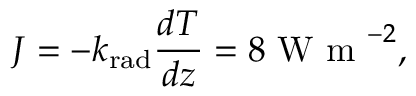
J = - k _ { \mathrm { r a d } } \frac { d T } { d z } = 8 \mathrm { ~ W ~ m ~ } ^ { - 2 } ,